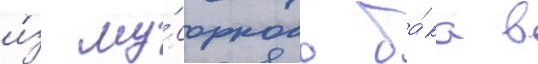
и́з му́сорного ба́ка в